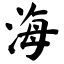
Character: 海